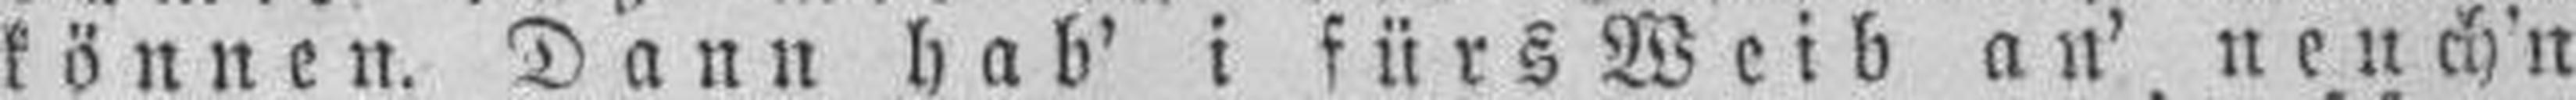
können. Dann hab' i fürs Weib an' nench'n